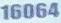
16064